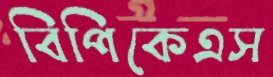
বিপিকেএস